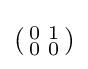
\left({\begin{smallmatrix}0&1\\0&0\end{smallmatrix}}\right)